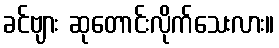
ခင်ဗျား ဆုတောင်းလိုက်သေးလား။